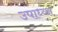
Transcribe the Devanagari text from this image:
उपाध्य्क्ष